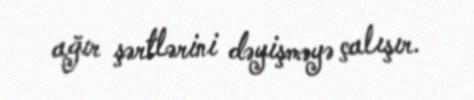
ağır şərtlərini dəyişməyə çalışır.